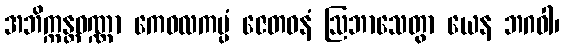
အဘိက္ကန္တဝဏ္ဏာ ကေဝလကပ္ပံ ဇေတဝနံ ဩဘာသေတွာ ယေန ဘဂဝါ၊